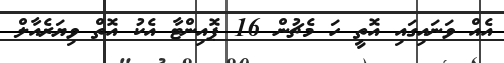
އެއް ވަނައިގައި އޮތީ ހަ މެޗުން 16 ޕޮއިންޓާ އެކު އޮތް ވިޔަރެއާލް